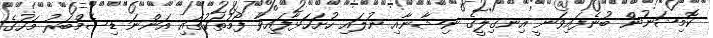
ކޮމިޝަނުން ބުނެފައިވަނީ އިނގިލީގެ ނިޝާނާއި ނުލައި ހުށަހަޅާފައިވާ ފޯމުތަކުގައި އަންނަ ޑިސެމްބަރު މަހުގެ